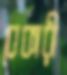
বেকারী